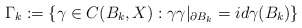
\begin{align*}\Gamma_{k} := \left\{\gamma\in C(B_{k}, X): \gamma \gamma|_{\partial B_{k}}=id \gamma(B_{k})\right\}\end{align*}